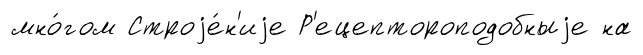
мно́гом Строjе́н'иjе Р'ецептороподобныjе на